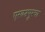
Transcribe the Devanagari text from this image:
एखतपूरचा